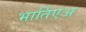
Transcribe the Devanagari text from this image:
भार्तिएअ